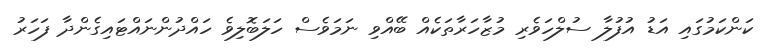
ކަންކަމުގައި އަޑު އުފުލާ ސުލްހަވެރި މުޒާހަރާތަކެއް ބޭއްވި ނަމަވެސް ހަލަބޮލިވެ ހައްދުންނައްޓައިގެންދާ ފަހަރު